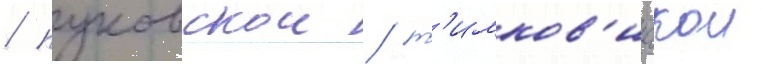
/ пуковскои / т'имков'ичскои